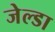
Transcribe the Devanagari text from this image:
जेल्डा